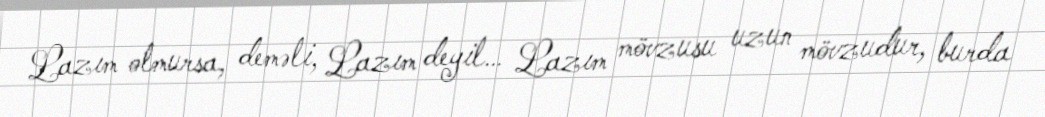
Lazım olmursa, deməli, Lazım deyil… Lazım mövzusu uzun mövzudur, burda